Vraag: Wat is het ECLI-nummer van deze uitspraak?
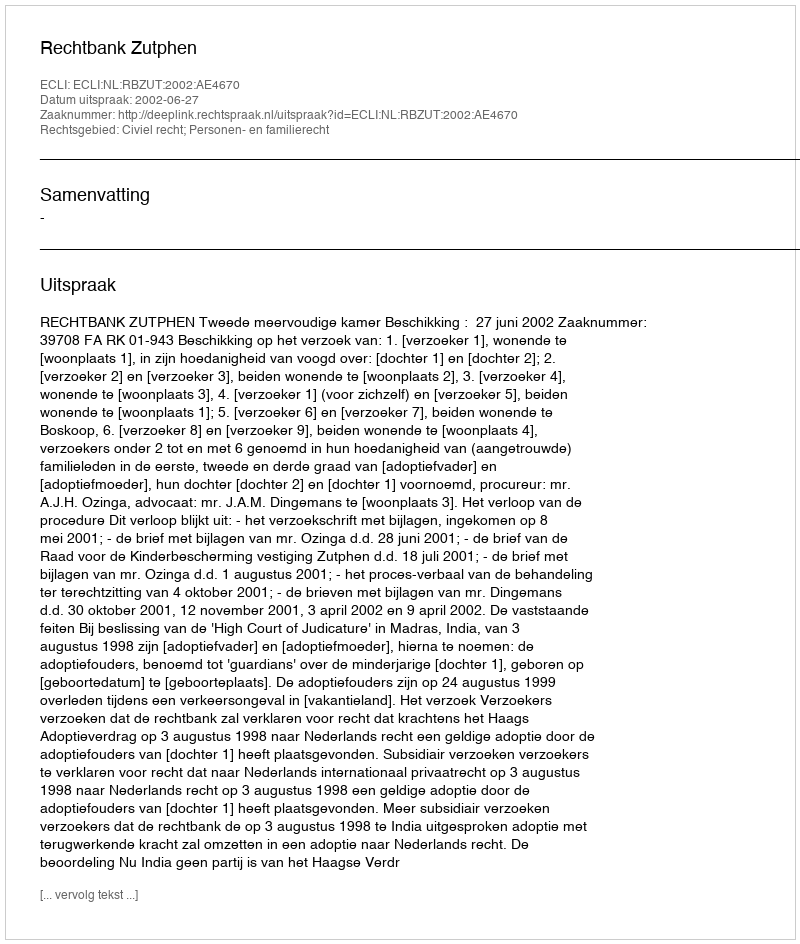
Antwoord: ECLI:NL:RBZUT:2002:AE4670